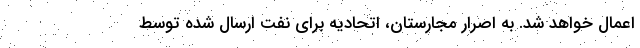
اعمال خواهد شد. به اصرار مجارستان، اتحادیه برای نفت ارسال شده توسط